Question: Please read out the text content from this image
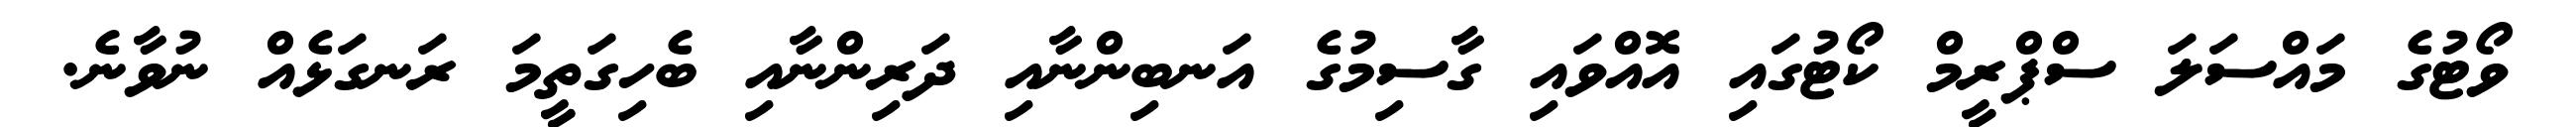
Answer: ވޯޓުގެ މައްސަލަ ސްޕްރީމް ކޯޓުގައި އޮއްވައި ގާސިމުގެ އަނބިންނާއި ދަރިންނާއި ބެހިގަތީމަ ރަނގަޅެއް ނުވާނެ.